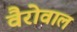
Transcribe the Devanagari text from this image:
वैरोवाल